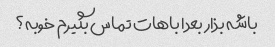
باشه بذار بعدا باهات تماس بگیرم خوبه؟